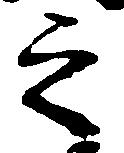
之